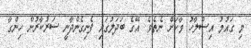
މި ގައުމު އިސްލާހު ވާކަށް ނެތެވެ. އޭގެ ބަދަލުގައި ފެނިގެންދާނީ ސަރުކާރުން ހިންގާ